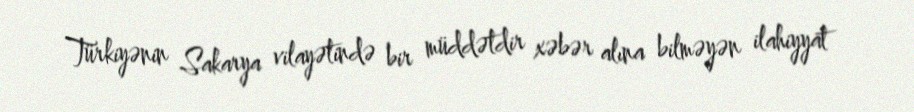
Türkiyənin Sakarya vilayətində bir müddətdir xəbər alına bilməyən ilahiyyat